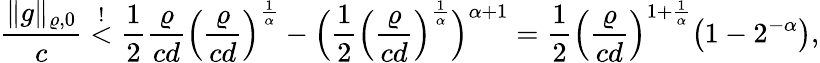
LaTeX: \frac{\lVert g\rVert_{\varrho,0}}{c}\stackrel{!}{<}\frac{1}{2}\frac{\varrho}{cd}\Bigl(\frac{\varrho}{cd}\Bigr)^{\frac{1}{\alpha}}-\Bigl(\frac{1}{2}\Bigl(\frac{\varrho}{cd}\Bigr)^{\frac{1}{\alpha}}\Bigr)^{\alpha+1}=\frac{1}{2}\Bigl(\frac{\varrho}{cd}\Bigr)^{1+\frac{1}{\alpha}}\bigl(1-2^{-\alpha}\bigr),